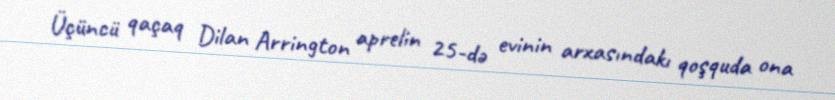
Üçüncü qaçaq Dilan Arrington aprelin 25-də evinin arxasındakı qoşquda ona